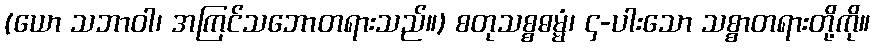
(ယော သဘာဝါ၊ အကြင်သဘောတရားသည်။) စတုသစ္စဓမ္မံ၊ ၄-ပါးသော သစ္စာတရားတို့ကို။